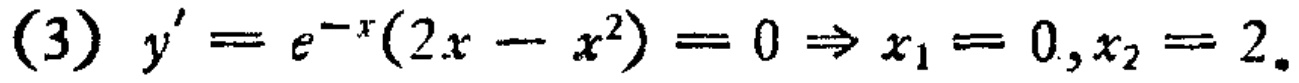
\[(3) \ y' = e^{-x}(2x - x^{2}) = 0 \Rightarrow x_{1} = 0, x_{2} = 2.\]